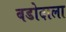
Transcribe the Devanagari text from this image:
बडोदाला